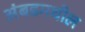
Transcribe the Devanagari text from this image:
अंबडमधील